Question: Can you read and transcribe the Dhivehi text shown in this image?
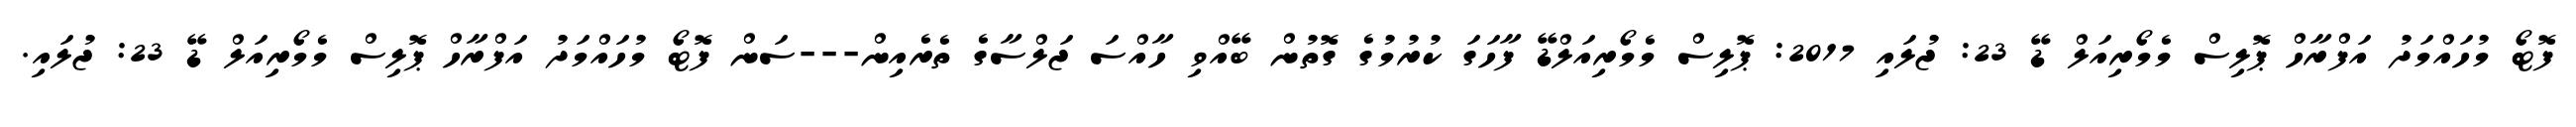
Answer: ފޮޓޯ މުހައްމަދު އަފްރާހް ޕޮލިސް މެމޯރިއަލް ޑޭ 23: ޖުލައި 2017: ޕޮލިސް މެމޯރިއަލްޑޭ ފާހަގަ ކުރުމުގެ ގޮތުން ބޭއްވި ހާއްސަ ޖަލްސާގެ ތެރެއިން---ސަން ފޮޓޯ މުހައްމަދު އަފްރާހް ޕޮލިސް މެމޯރިއަލް ޑޭ 23: ޖުލައި.